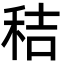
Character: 秸